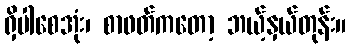
ရှိပါစေအုံး၊ စာဖတ်ကတော့ ဘယ့်နှယ်တုန်း။